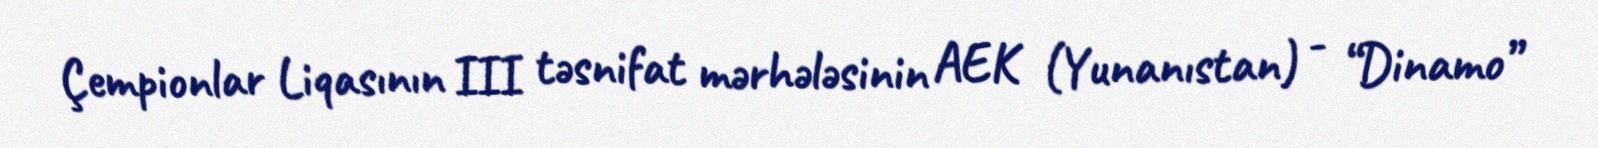
Çempionlar Liqasının III təsnifat mərhələsinin AEK (Yunanıstan) - “Dinamo”